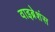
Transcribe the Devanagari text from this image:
वाइब्रेशंस